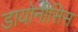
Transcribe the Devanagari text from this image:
डायोनीसिस